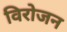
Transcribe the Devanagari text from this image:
विरोजन